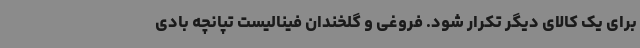
برای یک کالای دیگر تکرار شود. فروغی و گلخندان فینالیست تپانچه بادی